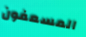
المسعفون